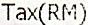
TAX(RM)